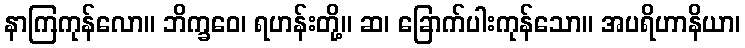
နာကြကုန်လော။ ဘိက္ခဝေ၊ ရဟန်းတို့။ ဆ၊ ခြောက်ပါးကုန်သော။ အပရိဟာနိယာ၊